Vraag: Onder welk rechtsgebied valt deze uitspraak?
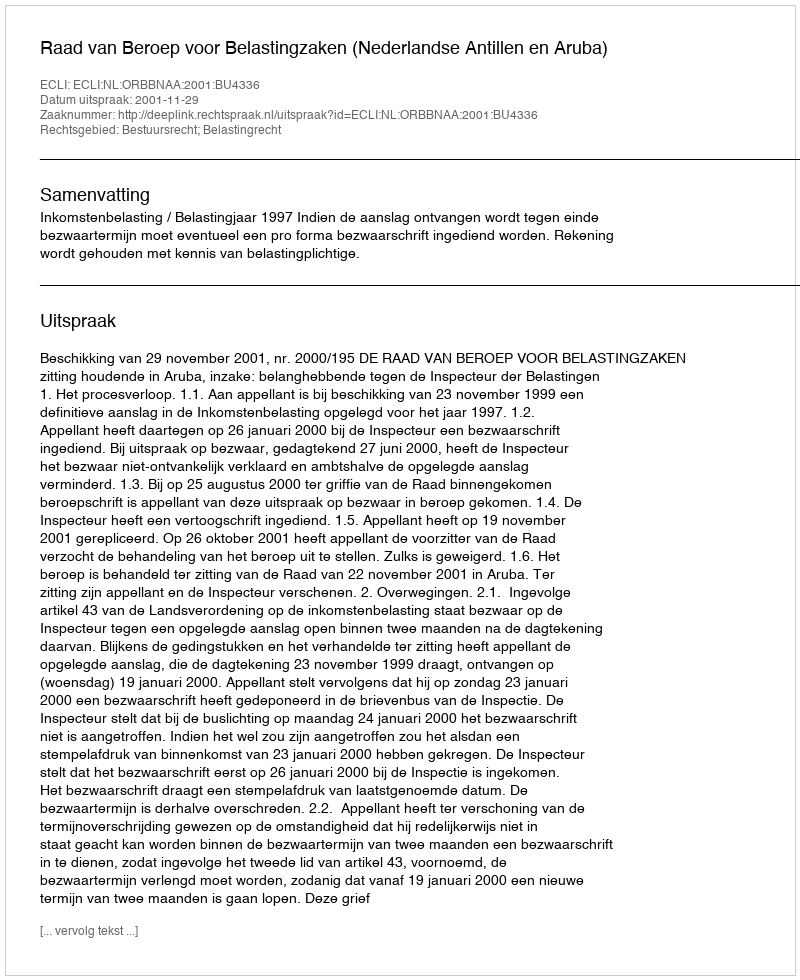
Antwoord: Bestuursrecht; Belastingrecht